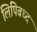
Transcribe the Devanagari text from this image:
लिपिबध्द